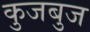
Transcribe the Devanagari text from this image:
कुजबुज